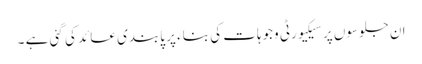
ان جلوسوں پر سیکیورٹی وجوہات کی بناء پر پابندی عائد کی گئی ہے ۔